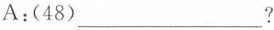
A:(48)___?